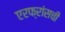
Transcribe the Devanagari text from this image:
एरफ्रांसची